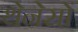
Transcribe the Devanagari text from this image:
थेनेसों